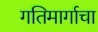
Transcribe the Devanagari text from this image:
गतिमार्गाचा